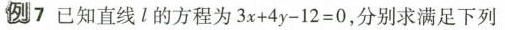
例7已知直线l的方程为3x+4y-12=0，分别求满足下列